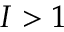
I > 1